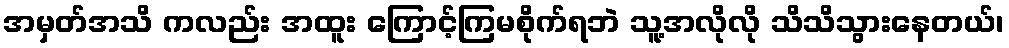
အမှတ်အသိ ကလည်း အထူး ကြောင့်ကြမစိုက်ရဘဲ သူ့အလိုလို သိသိသွားနေတယ်၊